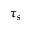
\tau _ { s }